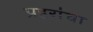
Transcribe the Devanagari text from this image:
प्रहरांचा